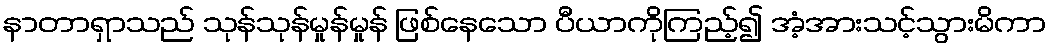
နာတာရှာသည် သုန်သုန်မှုန်မှုန် ဖြစ်နေသော ပီယာကိုကြည့်၍ အံ့အားသင့်သွားမိကာ